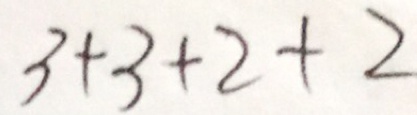
3 + 3 + 2 + 2